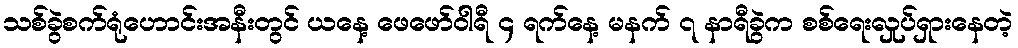
သစ်ခွဲစက်ရုံဟောင်းအနီးတွင် ယနေ့ ဖေဖော်ဝါရီ ၄ ရက်နေ့ မနက် ၇ နာရီခွဲက စစ်ရေးလှုပ်ရှားနေတဲ့